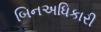
બિનઅધિકારી